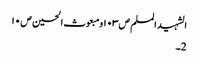
الشہید المسلم ص١٠٣ومبعوث الحسین ص١٠
2۔